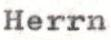
Herrn